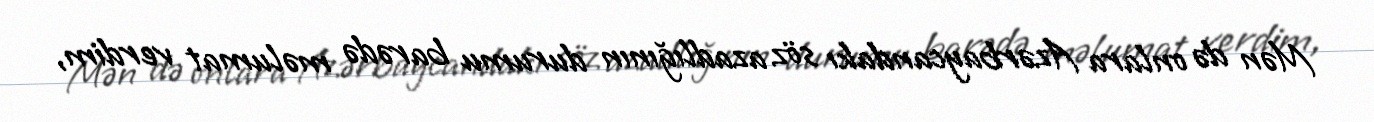
Mən də onlara Azərbaycandakı söz azadlığının durumu barədə məlumat verdim,